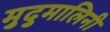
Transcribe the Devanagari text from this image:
मुदुमालिनी